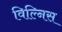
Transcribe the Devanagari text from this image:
विल्निस